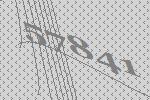
57841